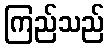
ကြည်သည်